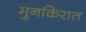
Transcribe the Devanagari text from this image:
मुनकिरात